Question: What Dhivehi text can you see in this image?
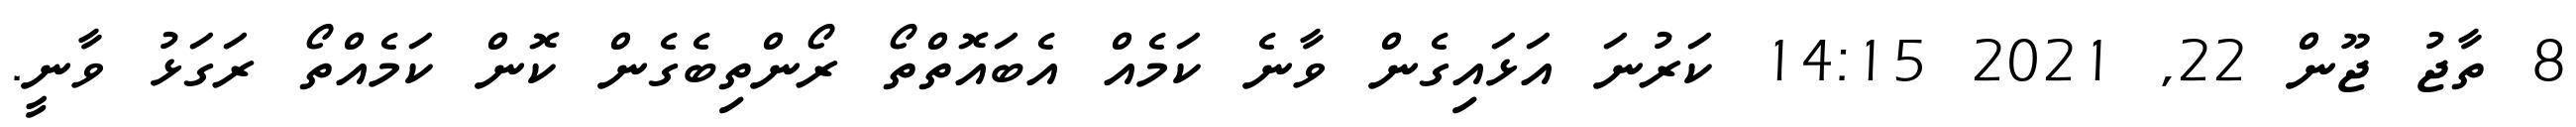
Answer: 8 ތާޖު ޖޫން 22, 2021 14:15 ކަރުނަ އަޅައިގެން ވާނެ ކަމެއް އެބައޮތްތޯ ރޯންތިބެގެން ކޮން ކަމެއްތޯ ރަގަޅު ވާނީ.